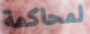
لمحاكمة